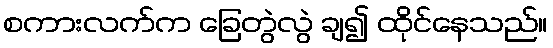
စကားလက်က ခြေတွဲလွဲ ချ၍ ထိုင်နေသည်။